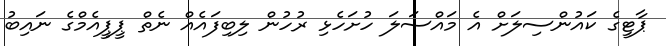
ޕާޓީގެ ކައުންސިލަށް އެ މައްސަލަ ހުށަހެޅި ރުހުން ލިބިފައެއް ނެތް ޕީޕީއެމްގެ ނައިބު